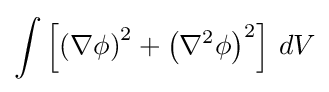
\int \left[\left(\nabla \phi \right)^{2}+\left(\nabla ^{2}\phi \right)^{2}\right]\,dV